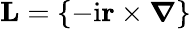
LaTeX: {\mathbf{L}}=\left\{ -\mathrm{i}{\mathbf r}\times\boldsymbol{\nabla}\right\}